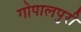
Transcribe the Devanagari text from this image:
गोपालपुरी